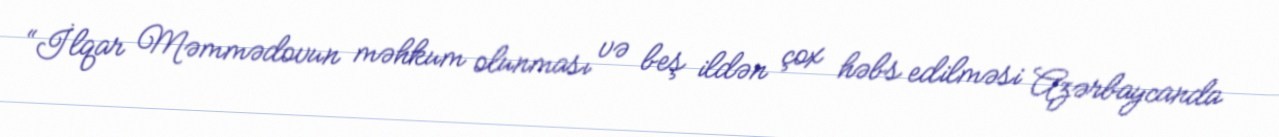
“İlqar Məmmədovun məhkum olunması və beş ildən çox həbs edilməsi Azərbaycanda